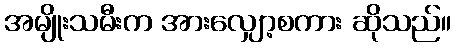
အမျိုးသမီးက အားလျှော့စကား ဆိုသည်။